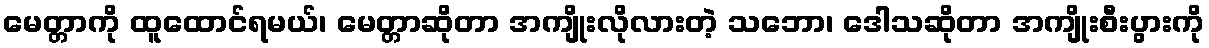
မေတ္တာကို ထူထောင်ရမယ်၊ မေတ္တာဆိုတာ အကျိုးလိုလားတဲ့ သဘော၊ ဒေါသဆိုတာ အကျိုးစီးပွားကို